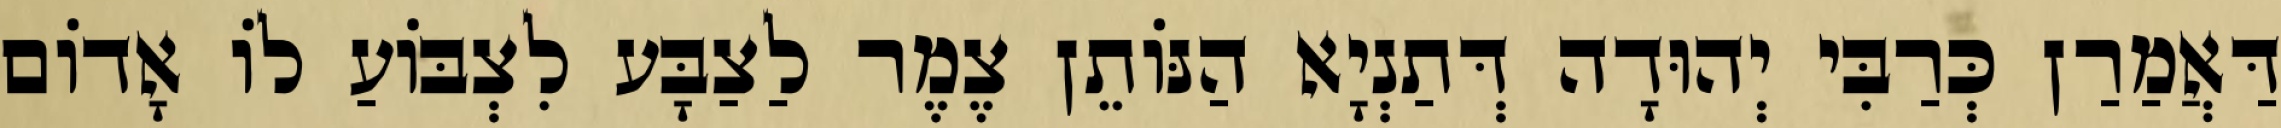
דַּאֲמַרַן כְּרַבִּי יְהוּדָה דְּתַנְיָא הַנּוֹתֵן צֶמֶר לַצַבָּע לִצְבּוֹעַ לוֹ אָדוֹם